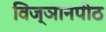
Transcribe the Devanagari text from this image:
विज्ञानपीठ